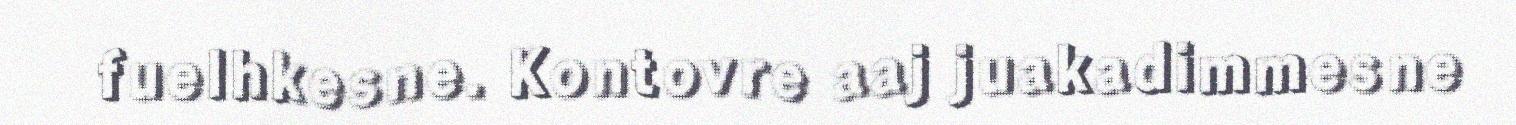
fuelhkesne. Kontovre aaj juakadimmesne